Indian journal of veterinary science and animal husbandry - Volumes 22-23, 1952-1953
Year: 1952
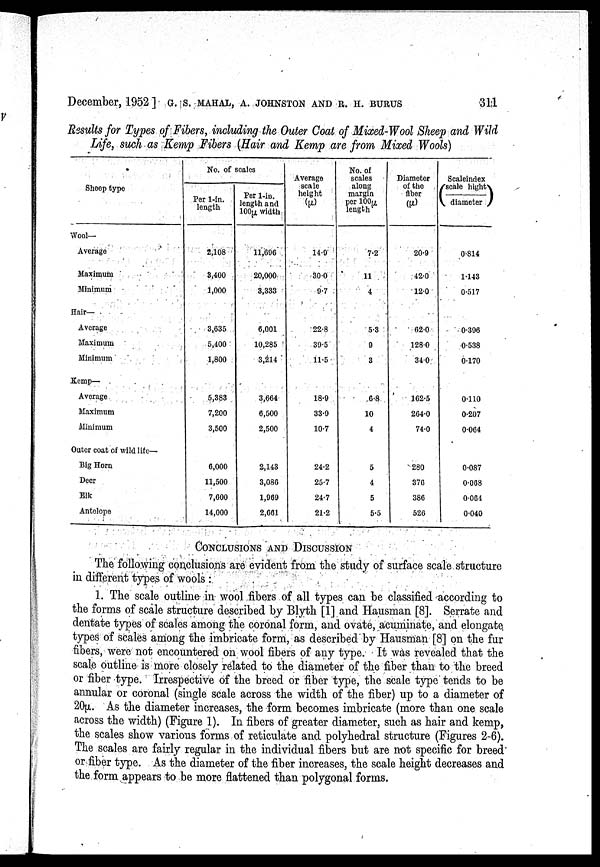
December, 1952] G. S. MAHAL, A. JOHNSTON AND R. H. BURUS 311
Results for Types of Fibers, including the Outer Coat of Mixed-Wool Sheep and Wild
Life, such as Kemp Fibers (Hair and Kemp are from Mixed Wools)
Sheep type
Wool—
Average
Maximum
Minimum
Hair—
Average
Maximum
Minimum
Kemp—
Average
Maximum
Minimum
Outer coat of wild life—
Big Horn
Deer
Elk
Antelope
No. of scales
Per 1-in.
length
2,108
3,400
1,000
3,635
5,400
1,800
5,383
7,200
3,500
6,000
11,500
7,600
14,000
Per 1-in.
length and
100µ width
11,696
20,000
3,333
6,001
10,285
3,214
3,664
6,500
2,500
2,143
3,086
1,969
2,661
Average
scale
height
(µ)
14.9
30.0
9.7
22.8
39.5
11.5
18.9
33.9
10.7
24.2
25.7
24.7
21.2
No. of
scales
along
margin
per 100µ
length
7.2
11
4
5.3
9
3
6.8
10
4
5
4
5
5.5
Diameter
of the
fiber
(µ)
20.9
42.0
12.0
62.0
128.0
34.0
162.5
264.0
74.0
280
376
386
526
Scaleindex
(scale hight/
diameter)
0.814
1.143
0.517
0.396
0.538
0.170
0.110
0.207
0.064
0.087
0.068
0.064
0.040
CONCLUSIONS AND DISCUSSION
The following conclusions are evident from the study of surface scale structure
in different types of wools :
1. The scale outline in wool fibers of all types can be classified according to
the forms of scale structure described by Blyth [1] and Hausnian [8]. Serrate and
dentate types of scales among the coronal form, and ovate, acuminate, and elongate,
types of scales among the imbricate form, as described by Hausman [8] on the fur
fibers, were not encountered on wool fibers of any type. It was revealed that the
scale outline is more closely related to the diameter of the fiber than to the breed
or fiber type. Irrespective of the breed or fiber type, the scale type tends to be
annular or coronal (single scale across the width of the fiber) up to a diameter of
20µ. As the diameter increases, the form becomes imbricate (more than one scale
across the width) (Figure 1). In fibers of greater diameter, such as hair and kemp,
the scales show various forms of reticulate and polyhedral structure (Figures 2-6).
The scales are fairly regular in the individual fibers but are not specific for breed
or fiber type. As the diameter of the fiber increases, the scale height decreases and
the form appears to be more flattened than polygonal forms.